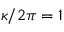
\kappa / 2 \pi = 1